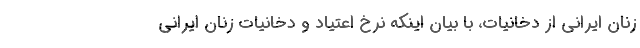
زنان ایرانی از دخانیات، با بیان اینکه نرخ اعتیاد و دخانیات زنان ایرانی